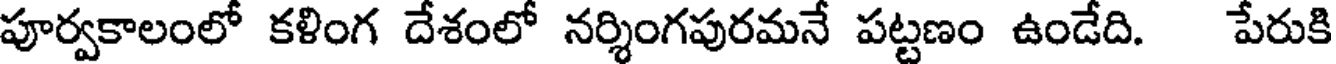
పూర్వకాలంలో కళింగ దేశంలో నర్శింగపురమనే పట్టణం ఉండేది. పేరుకి